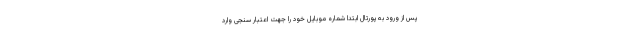
پس از ورود به پورتال ابتدا شماره موبایل خود را جهت اعتبار سنجی وارد